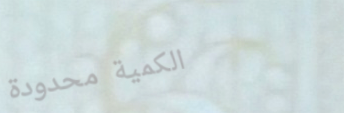
الكمية محدودة